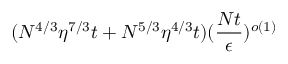
( N ^ { 4 / 3 } \eta ^ { 7 / 3 } t + N ^ { 5 / 3 } \eta ^ { 4 / 3 } t ) ( \frac { N t } { \epsilon } ) ^ { o ( 1 ) }